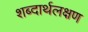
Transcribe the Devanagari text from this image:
शब्दार्थलक्षण